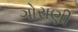
ગોરાણી